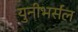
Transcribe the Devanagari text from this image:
युनीभर्सल